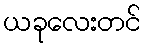
ယခုလေးတင်